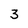
Character: 3